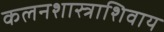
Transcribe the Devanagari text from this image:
कलनशास्त्राशिवाय